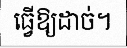
ធ្វើឱ្យដាច់។